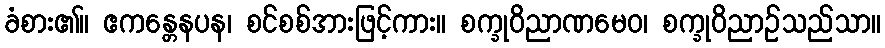
ခံစား၏။ ဧကန္တေနပန၊ စင်စစ်အားဖြင့်ကား။ စက္ခုဝိညာဏမေဝ၊ စက္ခုဝိညာဉ်သည်သာ။